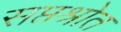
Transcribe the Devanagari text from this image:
सप्तश्रोत